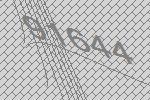
91644